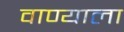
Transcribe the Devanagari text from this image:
वाण्याला